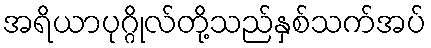
အရိယာပုဂ္ဂိုလ်တို့သည်နှစ်သက်အပ်